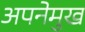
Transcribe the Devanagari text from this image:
अपनेमुख